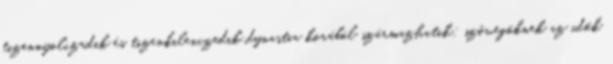
tizennyolczadik és tizenkilenczedik dynastia korából származhatik; szövegöknek az idők